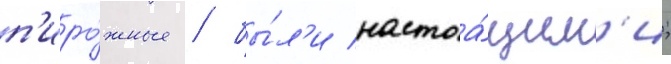
п'иро́жные / бы́л'и настоа́щим'и;